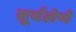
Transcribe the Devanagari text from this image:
सूर्यलेणे